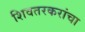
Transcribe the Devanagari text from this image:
शिवतरकरांचा